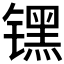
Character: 𬭶